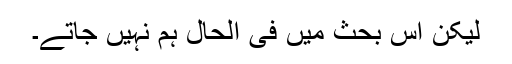
لیکن اس بحث میں فی الحال ہم نہیں جاتے۔